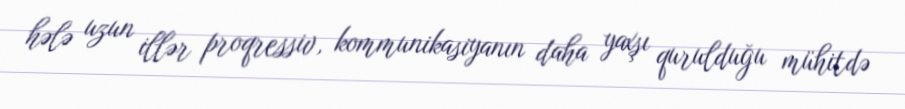
hələ uzun illər proqressiv, kommunikasiyanın daha yaxşı qurulduğu mühitdə